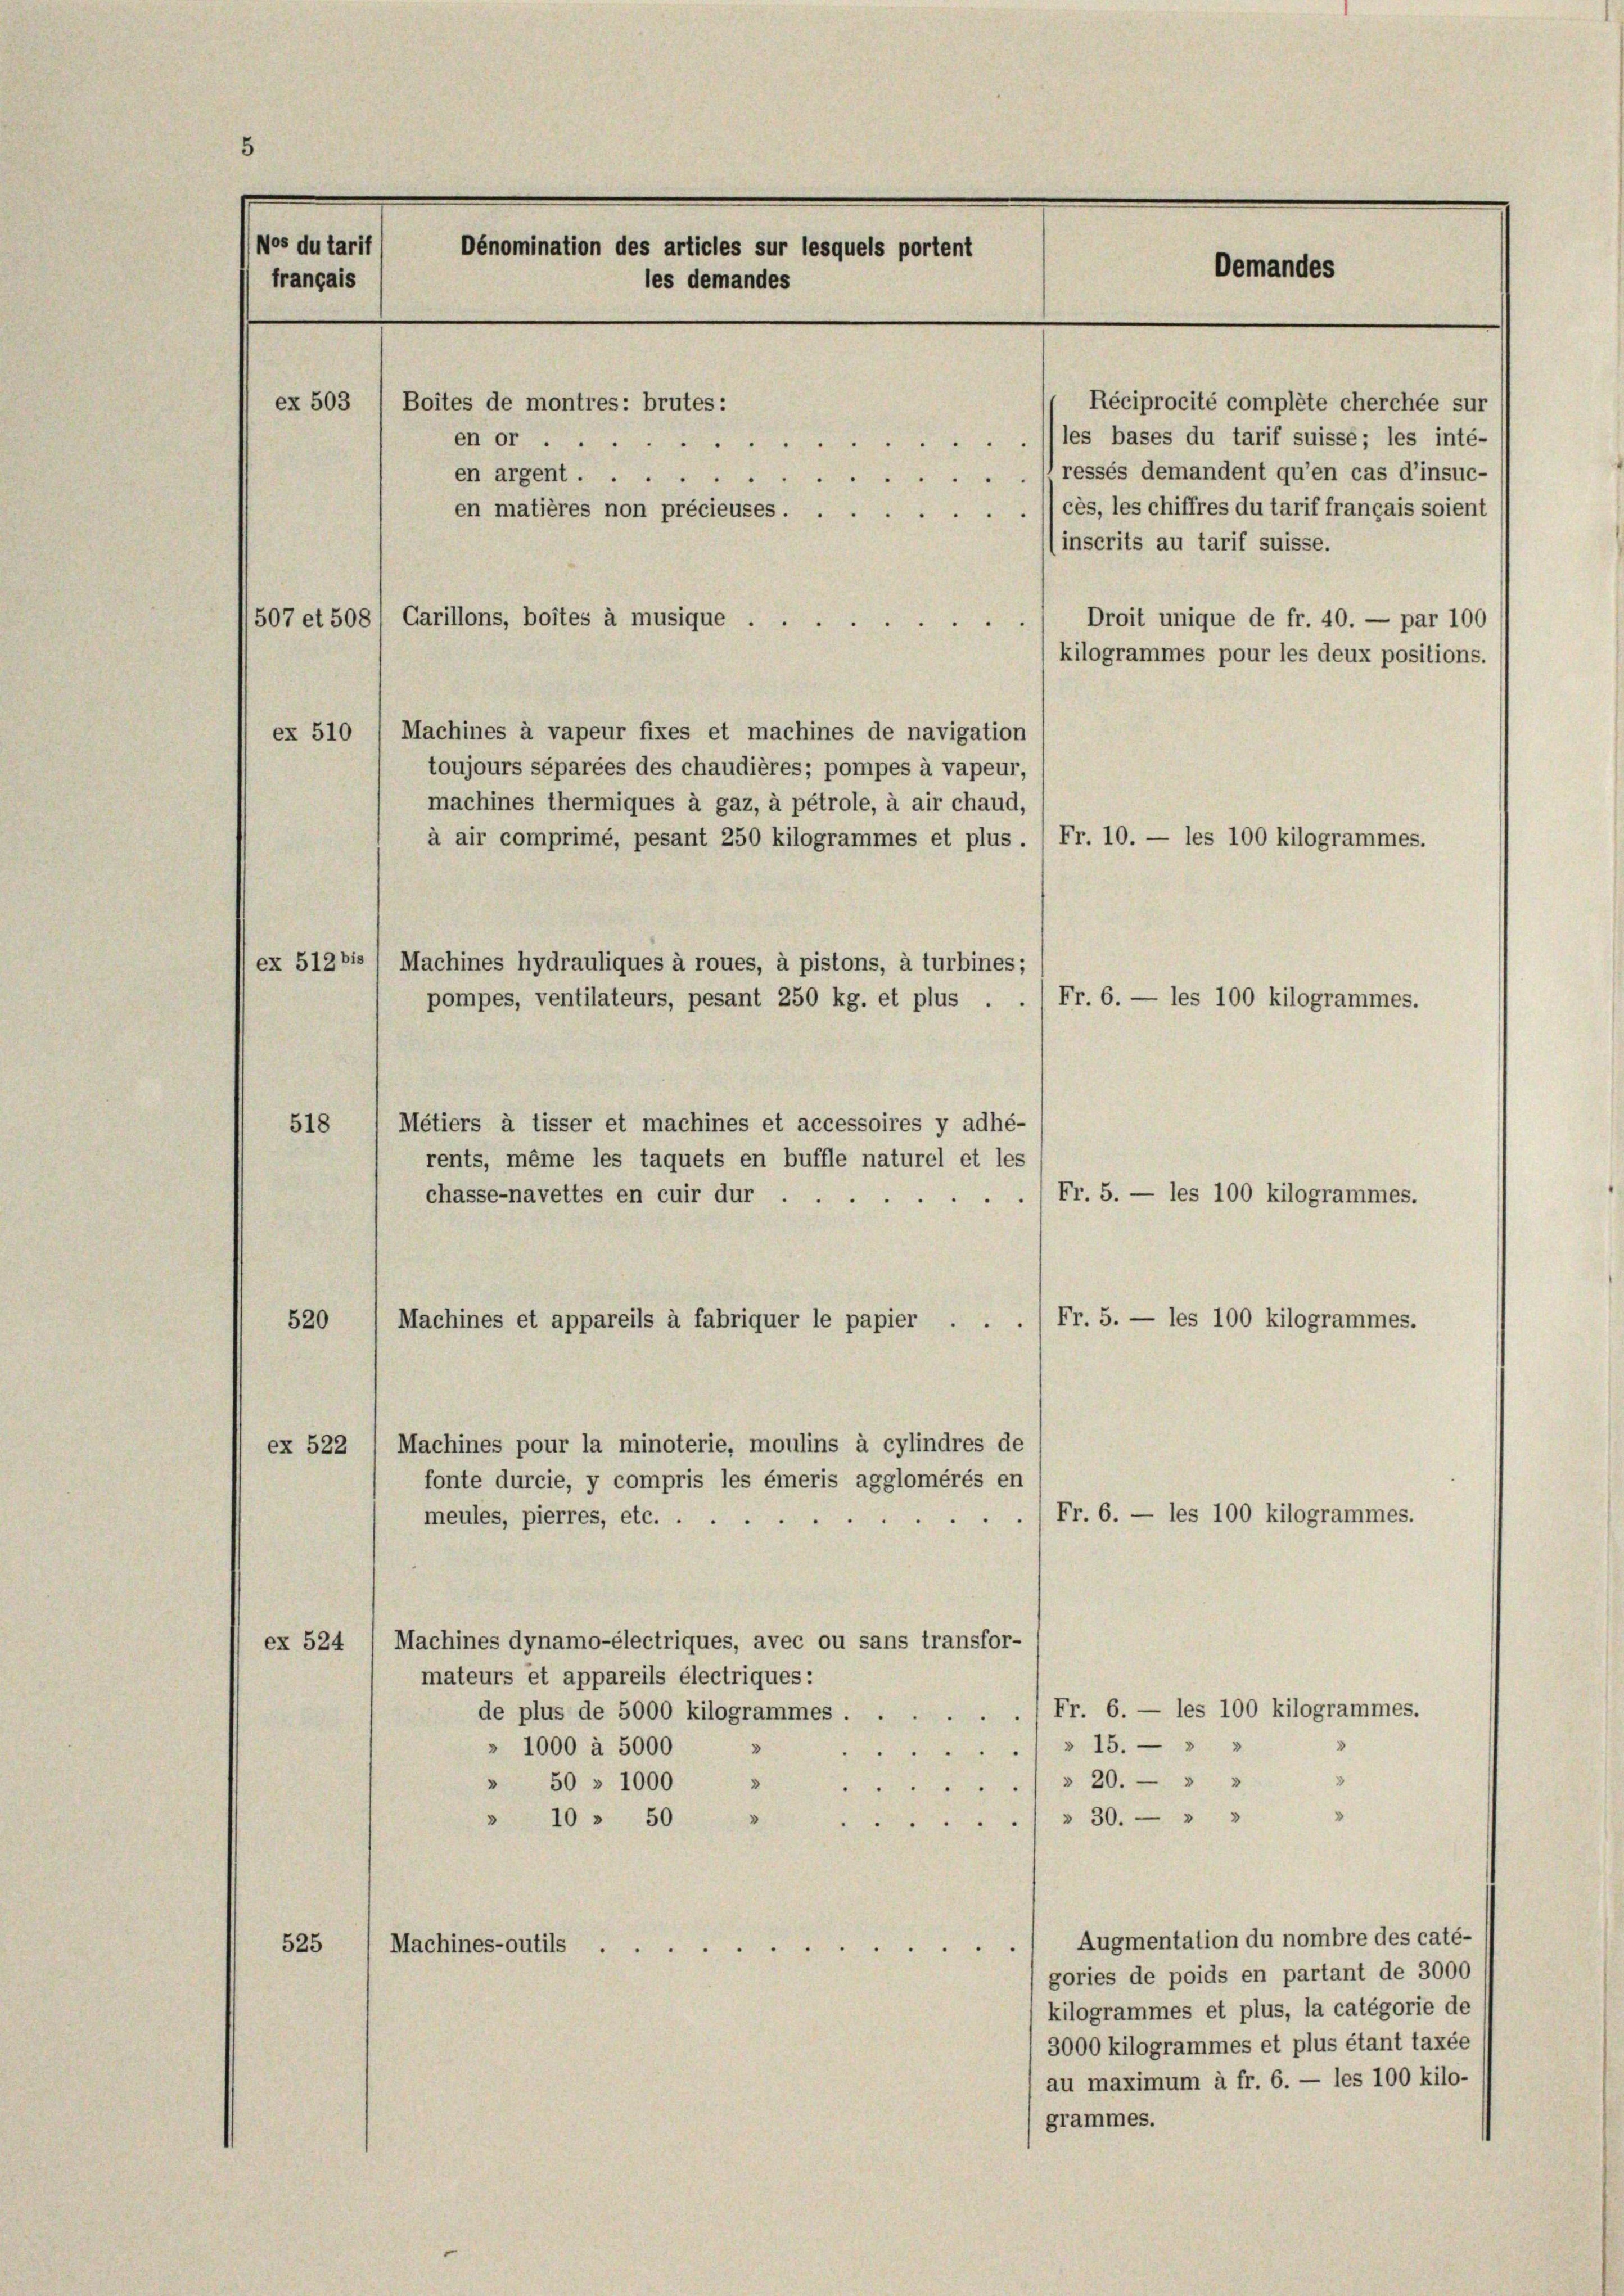
Wos du tarif
Dénomination des articles sur lesquels portent
français
les demandes

ex 503
Boites de montres: brutes:
en or
en argent.
en matières non précieuses . . .

les bases du tarif suisse; les inté-
ressés demandent qu’en cas d’insuc-
cès, les chiffres du tarif français soient
(inscrits au tarif suisse.
507 et 508
Carillons, boites à musique
ex 510 / Machines à vapeur fixes et machines de navigation
toujours séparées des chaudières; pompes à vapeur,
machines thermiques à gaz, à pétrole, à air chaud,
à air comprimé, pesant 250 kilogrammes et plus . / Fr. 10. — les 100 kilogrammes.
ex 512 bis 1 Machines hydrauliques à roues, à pistons, à turbines;
pompes, ventilateurs, pesant 250 kg. et plus . . 1 Fr. 6. — les 100 kilogrammes.
Métiers à tisser et machines et accessoires y adhé-
518
rents, même les taquets en buffle naturel et les
chasse-navettes en cuir dur .
Fr. 5. — les 100 kilogrammes.
Machines et appareils à fabriquer le papier . . . / Fr. 5. — les 100 kilogrammes.
520
ex 522 ( Machines pour la minoterie, moulins à cylindres de
fonte durcie, y compris les émeris agglomérés en
meules, pierres, etc.) Fr. 6. — les 100 kilogrammes.
ex 524 (Machines dynamo-électriques, avec ou sans transfor-
mateurs et appareils électriques:
de plus de 5000 kilogrammes . . . . . . . Fr. 6. — les 100 kilogrammes.
/» 15. " "
2
» 1000 à 5000 »
§ 20.   "
2
" 50 » 1000 » ...
" 10. 50 ». . 30. » »
Augmentation du nombre des caté-
525
Machines-outils
gories de poids en partant de 3000
kilogrammes et plus, la catégorie de
3000 kilogrammes et plus étant taxée
au maximum à fr. 6. — les 100 kilo-
grammes.

.
i

Réciprocité compléte cherchée sur

Oemandes

Droit unique de fr. 40. — par 100
kilogrammes pour les deux positions.